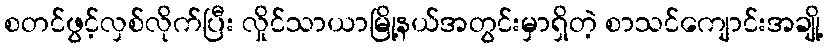
စတင်ဖွင့်လှစ်လိုက်ပြီး လှိုင်သာယာမြို့နယ်အတွင်းမှာရှိတဲ့ စာသင်ကျောင်းအချို့